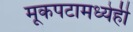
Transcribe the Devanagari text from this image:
मूकपटामध्येही